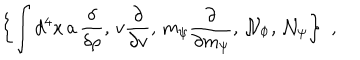
\left\{ \int d ^ { 4 } x \, a \, \frac \delta { \delta \rho } , \, v \frac \partial { \partial v } , \, m _ { \psi } \frac \partial { \partial m _ { \psi } } , \, { \cal N } _ { \Phi } , \, { \cal N } _ { \psi } \right\} \, \, ,